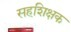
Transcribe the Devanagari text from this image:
सहशिक्षक